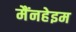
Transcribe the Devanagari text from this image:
मैंनहेइम